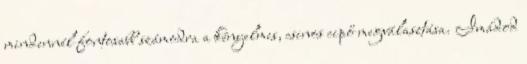
mindennél fontosabb számodra a kényelmes, csinos cipő megválasztása. Imádod